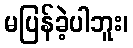
မပြန်ခဲ့ပါဘူး၊